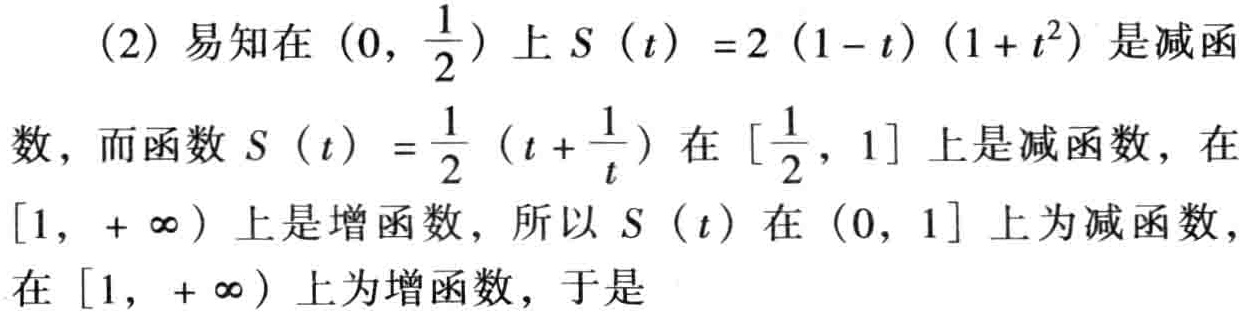
(2) 易知在\((0,\frac{1}{2})\)上\(S(t)=2(1 - t)(1 + t^{2})\)是减函

数，而函数\(S(t)=\frac{1}{2}(t+\frac{1}{t})\)在\([\frac{1}{2},1]\)上是减函数，在

\([1,+\infty)\)上是增函数，所以\(S(t)\)在\((0,1]\)上为减函数，

在\([1,+\infty)\)上为增函数，于是